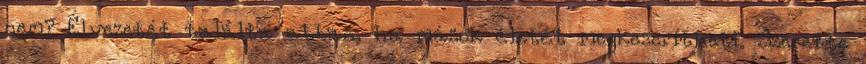
nem? Élvezetét találta abban, ha mások életét megkeserítheti. Szerette